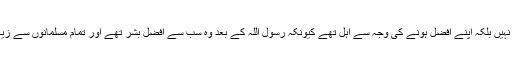
وہ اس کیلئے از طریقِ نص نہیں بلکہ اپنے افضل ہونے کی وجہ سے اہل تھے کیونکہ رسول اللہ کے بعد وہ سب سے افضل بشر تھے اور تمام مسلمانوں سے زیادہ خلافت پر حق اُن کا تھا“۔